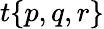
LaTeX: t{\left\{ \begin{array}{l}{p,q,r}\end{array}\right\} }